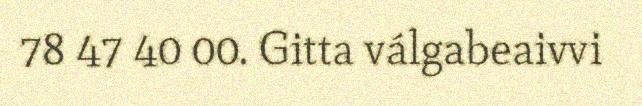
78 47 40 00. Gitta válgabeaivvi